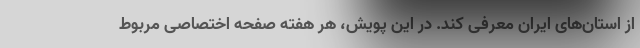
از استان‌های ایران معرفی کند. در این پویش، هر هفته صفحه اختصاصی مربوط